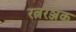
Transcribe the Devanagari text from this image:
रत्नरञ्जक